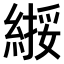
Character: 𫃸